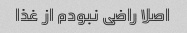
اصلا راضی نبودم از غذا